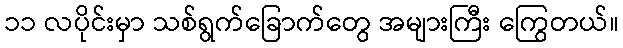
၁၁ လပိုင်းမှာ သစ်ရွက်ခြောက်တွေ အများကြီး ကြွေတယ်။